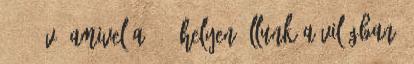
69,4 év, amivel a 94. helyen állunk a világban.